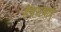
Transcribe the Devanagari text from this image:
हैदरावाद